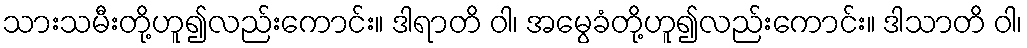
သားသမီးတို့ဟူ၍လည်းကောင်း။ ဒါရာတိ ဝါ၊ အမွေခံတို့ဟူ၍လည်းကောင်း။ ဒါသာတိ ဝါ၊